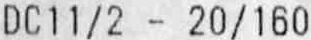
DC11/2 - 20/160